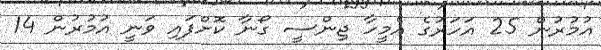
އުމުރުން 25 އަހަރުގެ އެމީހާ ޖިންސީ ގޯނާ ކޮށްފައި ވަނީ އުމުރުން 14